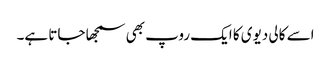
اسے کالی دیوی کا ایک روپ بھی سمجھا جاتا ہے۔